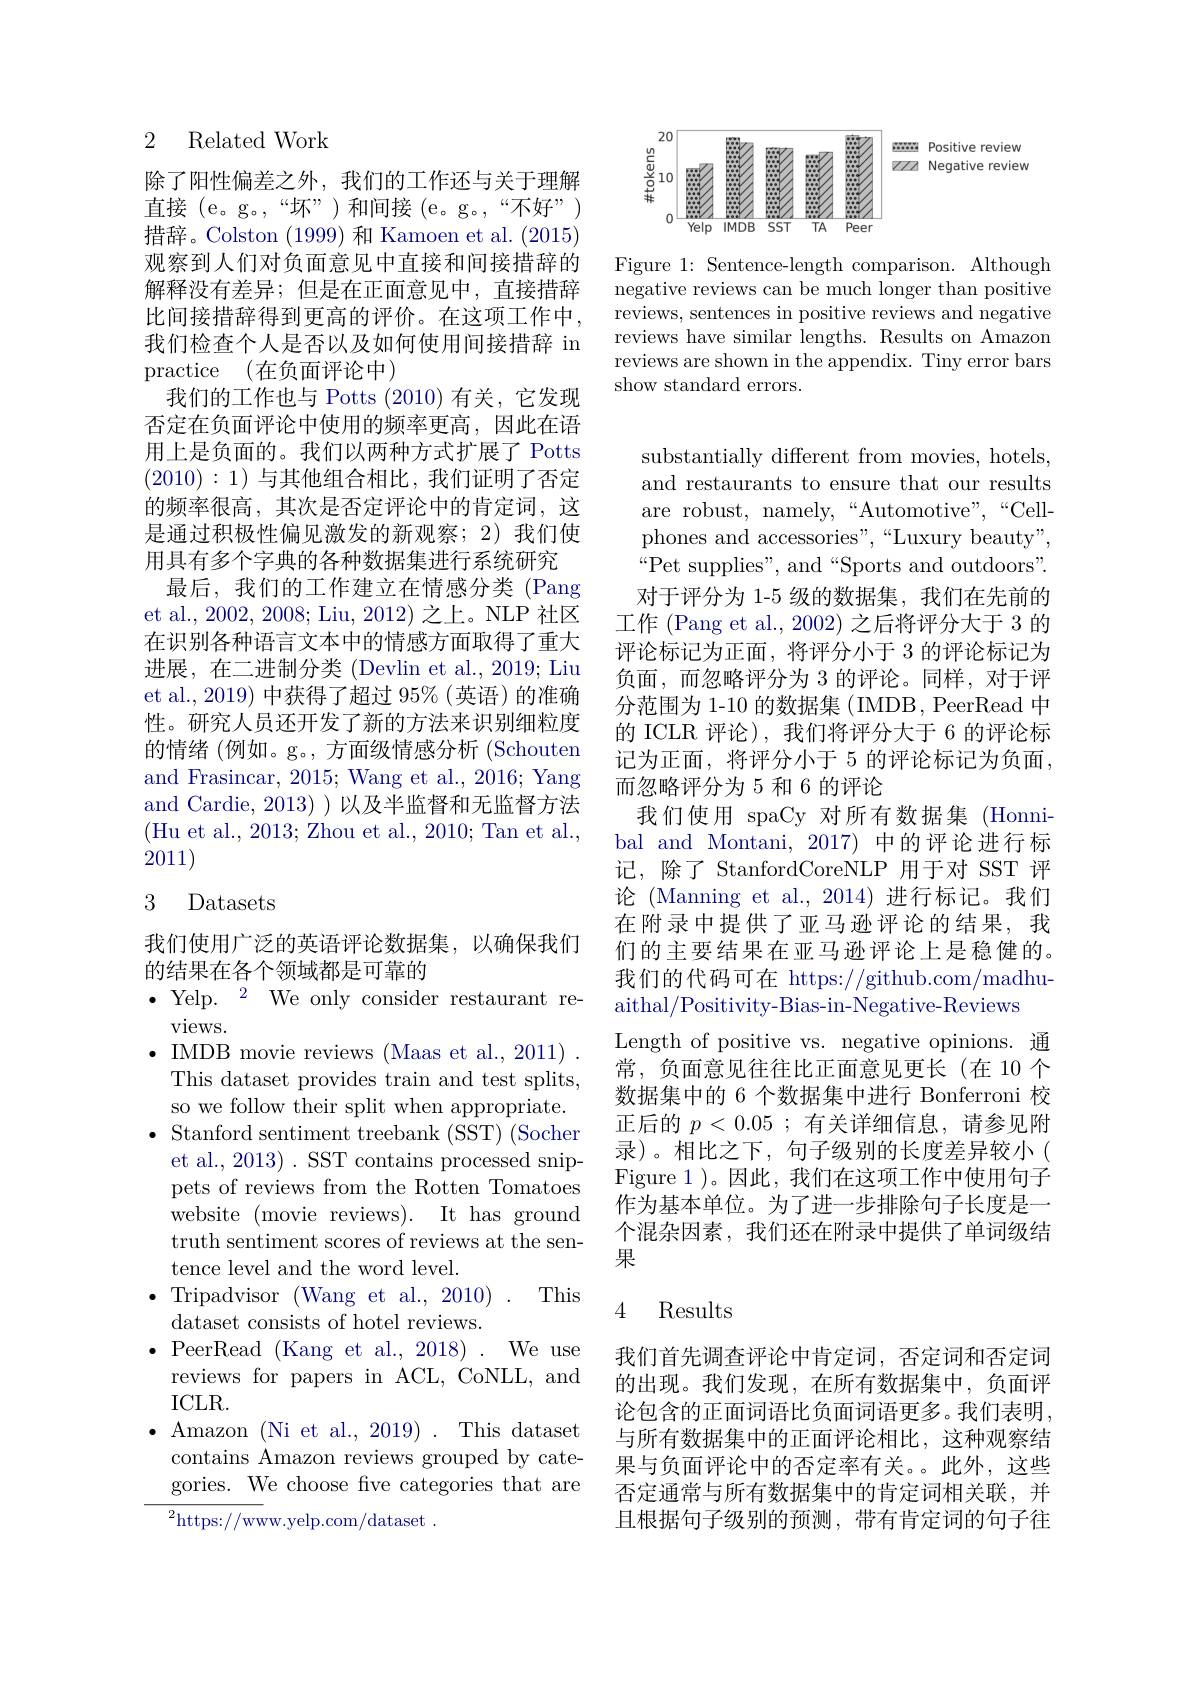
### 2 Related Work

除了阳性偏差之外，我们的工作还与关于理解直接(e。g。,“坏”)和间接(e。g。,“不好”) 措辞。Colston (1999)和 Kamoen et al.(2015) 观察到人们对负面意见中直接和间接措辞的解释没有差异；但是在正面意见中，直接措辞比间接措辞得到更高的评价。在这项工作中， 我们检查个人是否以及如何使用间接措辞 in practice (在负面评论中)
我们的工作也与 Potts (2010)有关，它发现否定在负面评论中使用的频率更高，因此在语用上是负面的。我们以两种方式扩展了 Potts (2010):1)与其他组合相比，我们证明了否定的频率很高，其次是否定评论中的肯定词，这是通过积极性偏见激发的新观察；2)我们使用具有多个字典的各种数据集进行系统研究
最后，我们的工作建立在情感分类 (Pang et al., 2002, 2008; Liu, 2012) 之上。NLP 社区在识别各种语言文本中的情感方面取得了重大进展，在二进制分类 (Devlin et al., 2019; Liu et al., 2019) 中获得了超过 95%(英语) 的准确性。研究人员还开发了新的方法来识别细粒度的情绪 (例如。g。, 方面级情感分析 (Schouten and Frasincar, 2015; Wang et al., 2016; Yang and Cardie, 2013) ) 以及半监督和无监督方法(Hu et al., 2013; Zhou et al., 2010; Tan et al., 2011)

### 3 Datasets

我们使用广泛的英语评论数据集，以确保我们
的结果在各个领域都是可靠的
$\bullet$ Yelp.$^2$We only consider restaurant re-
$views.$
$\bullet$ IMDB movie reviews (Maas et al., 2011) .
This dataset provides train and test splits, so we follow their split when appropriate.
$\bullet$ Stanford sentiment treebank (SST) (Socher
et al., 2013) . SST contains processed snippets of reviews from the Rotten Tomatoes website (movie reviews). It has ground truth sentiment scores of reviews at the sentence level and the word level.
This
dataset consists of hotel reviews.
$\bullet$ PeerRead (Kang et al., 2018). We use
reviews for papers in ACL, CoNLL, and
ICLR.
$\bullet$ Amazon (Ni et al., 2019). This dataset contains Amazon reviews grouped by categories. We choose fve categories that are ${^{2}\mathrm{https://www.yelp.com/dataset~.}}$

Positive review ZZ Negative review

<FigureHere>

Figure 1: Sentence-length comparison. Although negative reviews can be much longer than positive reviews, sentences in positive reviews and negative reviews have similar lengths. Results on Amazon reviews are shown in the appendix. Tiny error bars show standard errors.

substantially different from movies, hotels, and restaurants to ensure that our results are robust, namely,“Automotive”,“Cellphones and accessories",“Luxury beauty”, $“$Pet supplies", and“Sports and outdoors”. 对于评分为 1-5 级的数据集，我们在先前的
工作 (Pang et al., 2002) 之后将评分大于 3 的评论标记为正面，将评分小于 3 的评论标记为负面，而忽略评分为 3 的评论。同样，对于评分范围为 1-10 的数据集 ( IMDB, PeerRead 中的 ICLR 评论),我们将评分大于 6 的评论标记为正面，将评分小于 5 的评论标记为负面， 而忽略评分为 5 和 6 的评论
我们使用 spaCy 对所有数据集 (Honnibal and Montani, 2017) 中的评论进行标记，除了 StanfordCoreNLP 用于对 SST 评论 (Manning et al.,2014)进行标记。我们在附录中提供了亚马逊评论的结果，我们的主要结果在亚马逊评论上是稳健的。我们的代码可在 https://github.com/madhuaithal/Positivity-Bias-in-Negative-Reviews
Length of positive vs. negative opinions. 通常，负面意见往往比正面意见更长(在 10 个数据集中的 6 个数据集中进行 Bonferroni 校正后的$p<0.05$ ;有关详细信息，请参见附录)。相比之下，句子级别的长度差异较小( Figure 1 )。因此，我们在这项工作中使用句子作为基本单位。为了进一步排除句子长度是一个混杂因素，我们还在附录中提供了单词级结果

# 4 Results

我们首先调查评论中肯定词，否定词和否定词的出现。我们发现，在所有数据集中，负面评论包含的正面词语比负面词语更多。我们表明， 与所有数据集中的正面评论相比，这种观察结果与负面评论中的否定率有关。此外，这些否定通常与所有数据集中的肯定词相关联，并且根据句子级别的预测，带有肯定词的句子往